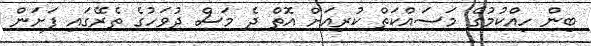
ބިން ހިއްކުމުގެ މަސައްކަތް ކުރިއަށް އޮތް ދެ މަސް ދުވަހުގެ ތެރޭގައި ފަށަން